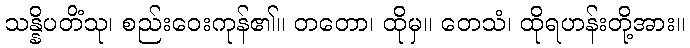
သန္နိပတိံသု၊ စည်းဝေးကုန်၏။ တတော၊ ထိုမှ။ တေသံ၊ ထိုရဟန်းတို့အား။